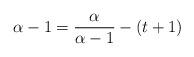
LaTeX: \begin{align*}\alpha - 1 &= \frac{\alpha}{\alpha-1} - (t+1)\end{align*}